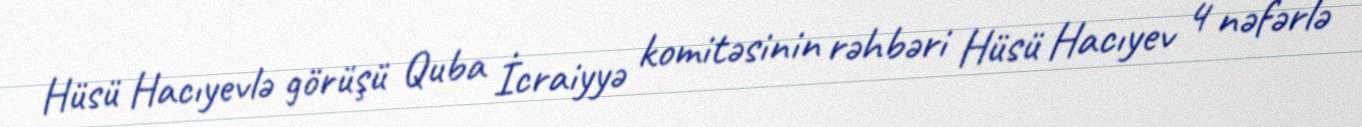
Hüsü Hacıyevlə görüşü Quba İcraiyyə komitəsinin rəhbəri Hüsü Hacıyev 4 nəfərlə